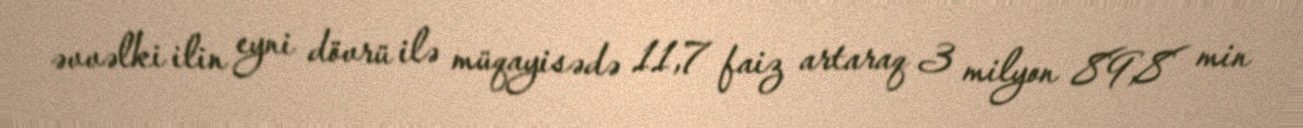
əvvəlki ilin eyni dövrü ilə müqayisədə 11,7 faiz artaraq 3 milyon 89,8 min